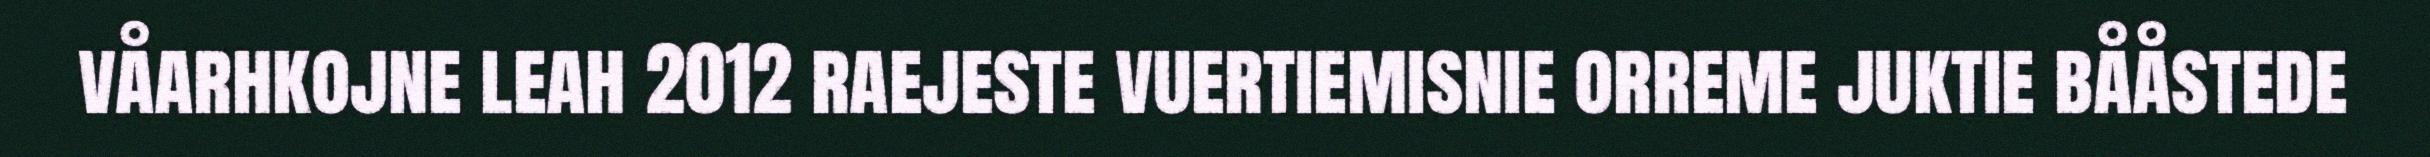
våarhkojne leah 2012 raejeste vuertiemisnie orreme juktie bååstede